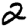
Digit: 2